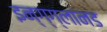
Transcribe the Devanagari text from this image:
इन्ग्ग्लानड